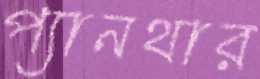
প্যানথার